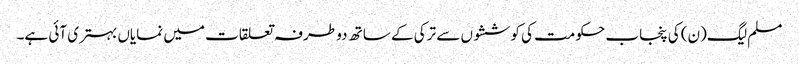
مسلم لیگ(ن) کی پنجاب حکومت کی کوششوں سے ترکی کے ساتھ دو طرفہ تعلقات میں نمایاں بہتری آئی ہے۔